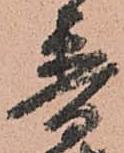
普